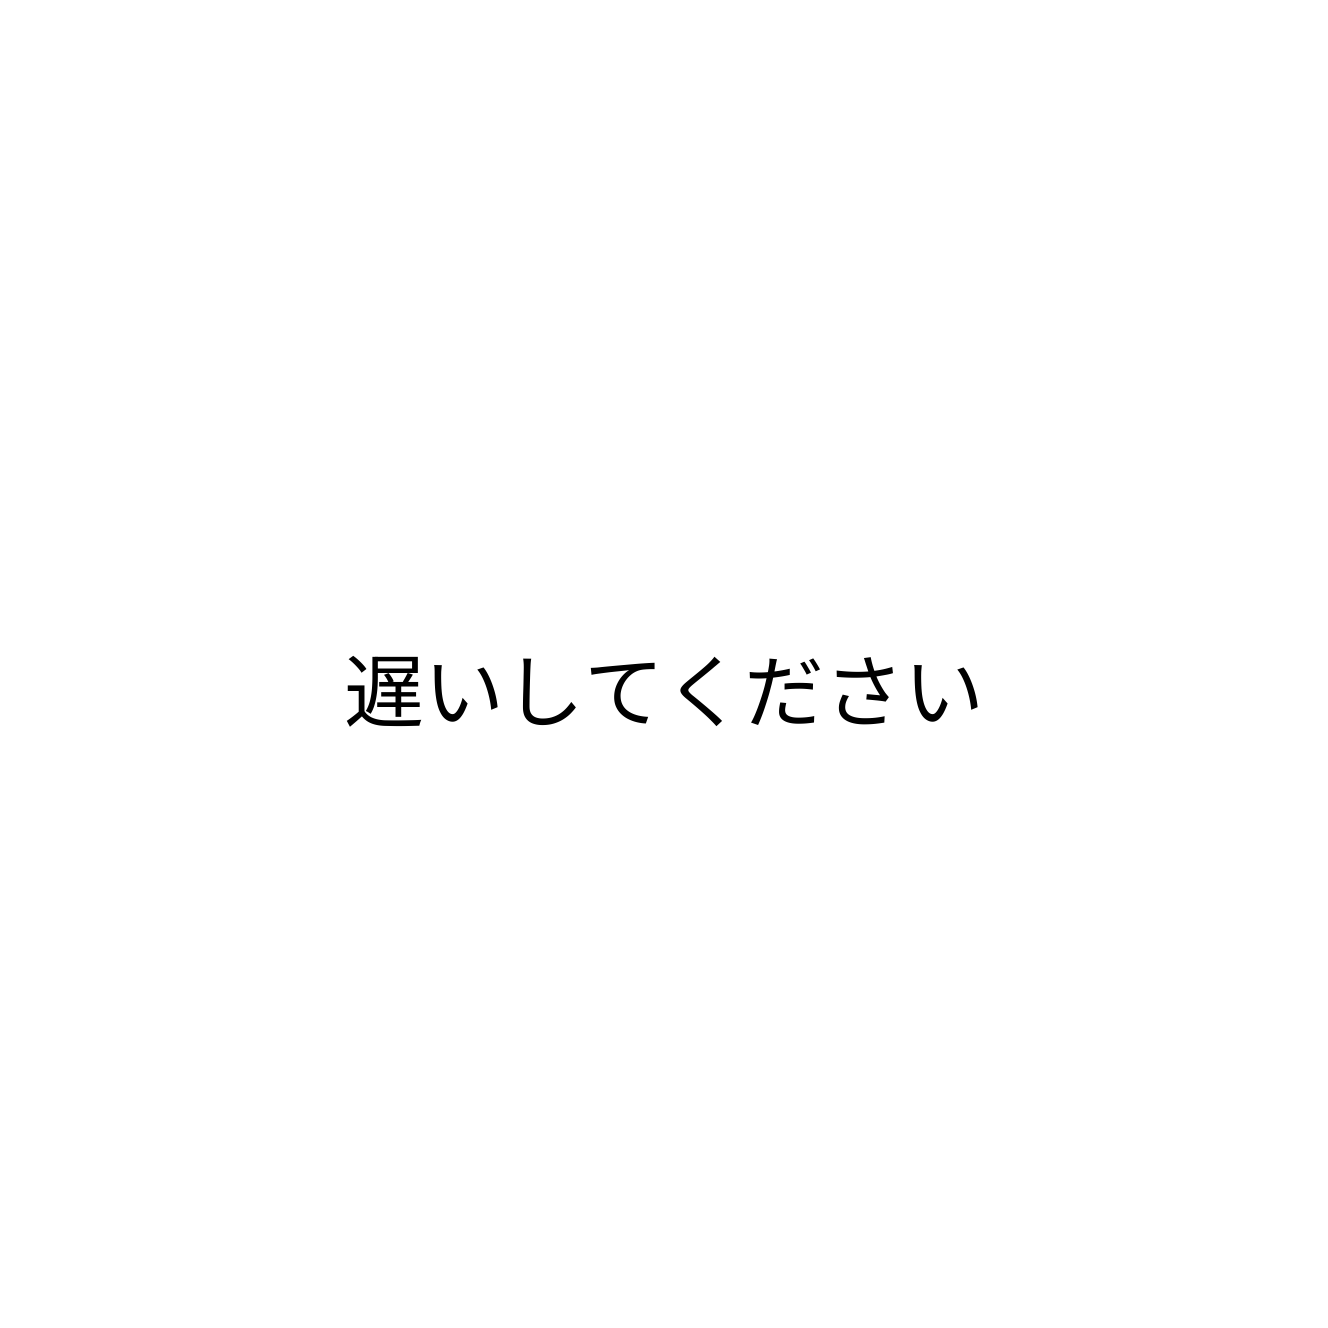
遅いしてください